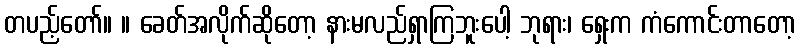
တပည့်တော်။ ။ ခေတ်အလိုက်ဆိုတော့ နားမလည်ရှာကြဘူးပေါ့ ဘုရား၊ ရှေးက ကံကောင်းတာတော့